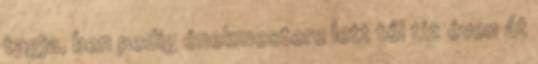
tagja, ben pedig énekmestere lett től tíz éven át